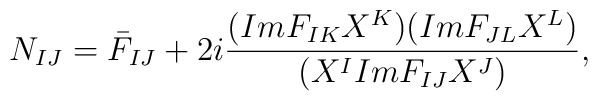
N_{IJ}=\bar{F}_{IJ} +2i\frac{(Im F_{IK} X^K )(Im F_{JL} X^L )}{(X^I Im F_{IJ} X^J )},